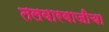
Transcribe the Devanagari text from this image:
तलवारबाजीचा